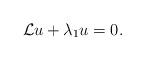
LaTeX: \begin{align*}\mathcal{L}u+\lambda_1u=0. \end{align*}